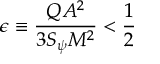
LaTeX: \epsilon \equiv \frac { Q A ^ { 2 } } { 3 S _ { \psi } M ^ { 2 } } < \frac { 1 } { 2 }